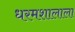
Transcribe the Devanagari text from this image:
धरमशालाला